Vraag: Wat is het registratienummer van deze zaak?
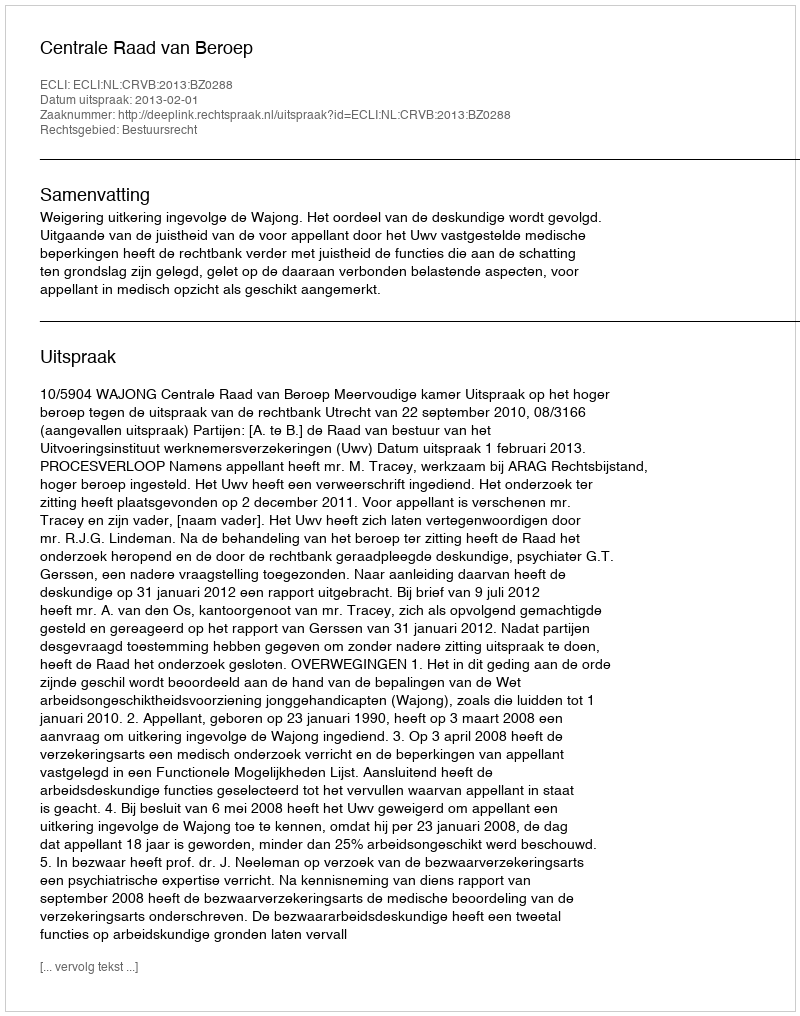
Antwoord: http://deeplink.rechtspraak.nl/uitspraak?id=ECLI:NL:CRVB:2013:BZ0288